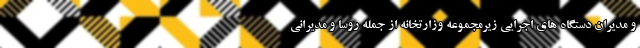
و مدیران دستگاه های اجرایی زیرمجموعه وزارتخانه از جمله روسا و مدیرانی